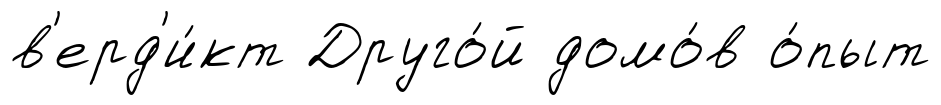
в'ерд'и́кт Друго́й домо́в о́пыт